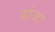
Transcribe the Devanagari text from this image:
डांजा